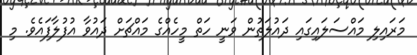
މަރައިލި މައްސަލައިގައި ދައުލަތުން ވަނީ ހަތް މީހެއްގެ މައްޗަށް ދައުވާ އުފުލާފައެވެ. މި